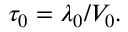
\tau _ { 0 } = \lambda _ { 0 } / V _ { 0 } .